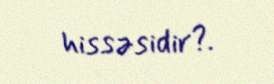
hissəsidir?.